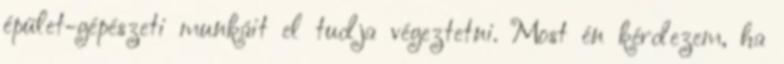
épület-gépészeti munkáit el tudja végeztetni. Most én kérdezem, ha